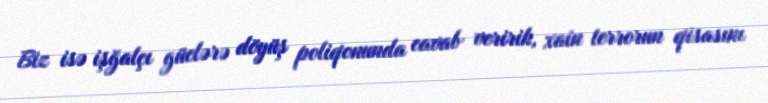
Biz isə işğalçı güclərə döyüş poliqonunda cavab veririk, xain terrorun qisasını